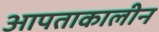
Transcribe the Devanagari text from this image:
आपताकालीन